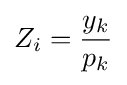
Z_{i}={\frac {y_{k}}{p_{k}}}